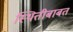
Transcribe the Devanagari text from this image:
स्थितीबाबत